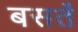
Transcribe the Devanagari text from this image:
बसर्ते